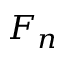
F _ { n }